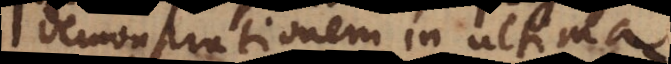
demonstrationem in ultima